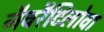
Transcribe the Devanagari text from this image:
नैवरैटिलोवा